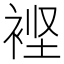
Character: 𮖃